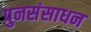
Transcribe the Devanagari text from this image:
पुनसंसाधन